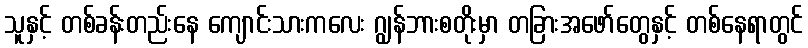
သူနှင့် တစ်ခန်းတည်းနေ ကျောင်းသားကလေး ဂျွန်ဘားစတိုးမှာ တခြားအဖော်တွေနှင့် တစ်နေရာတွင်